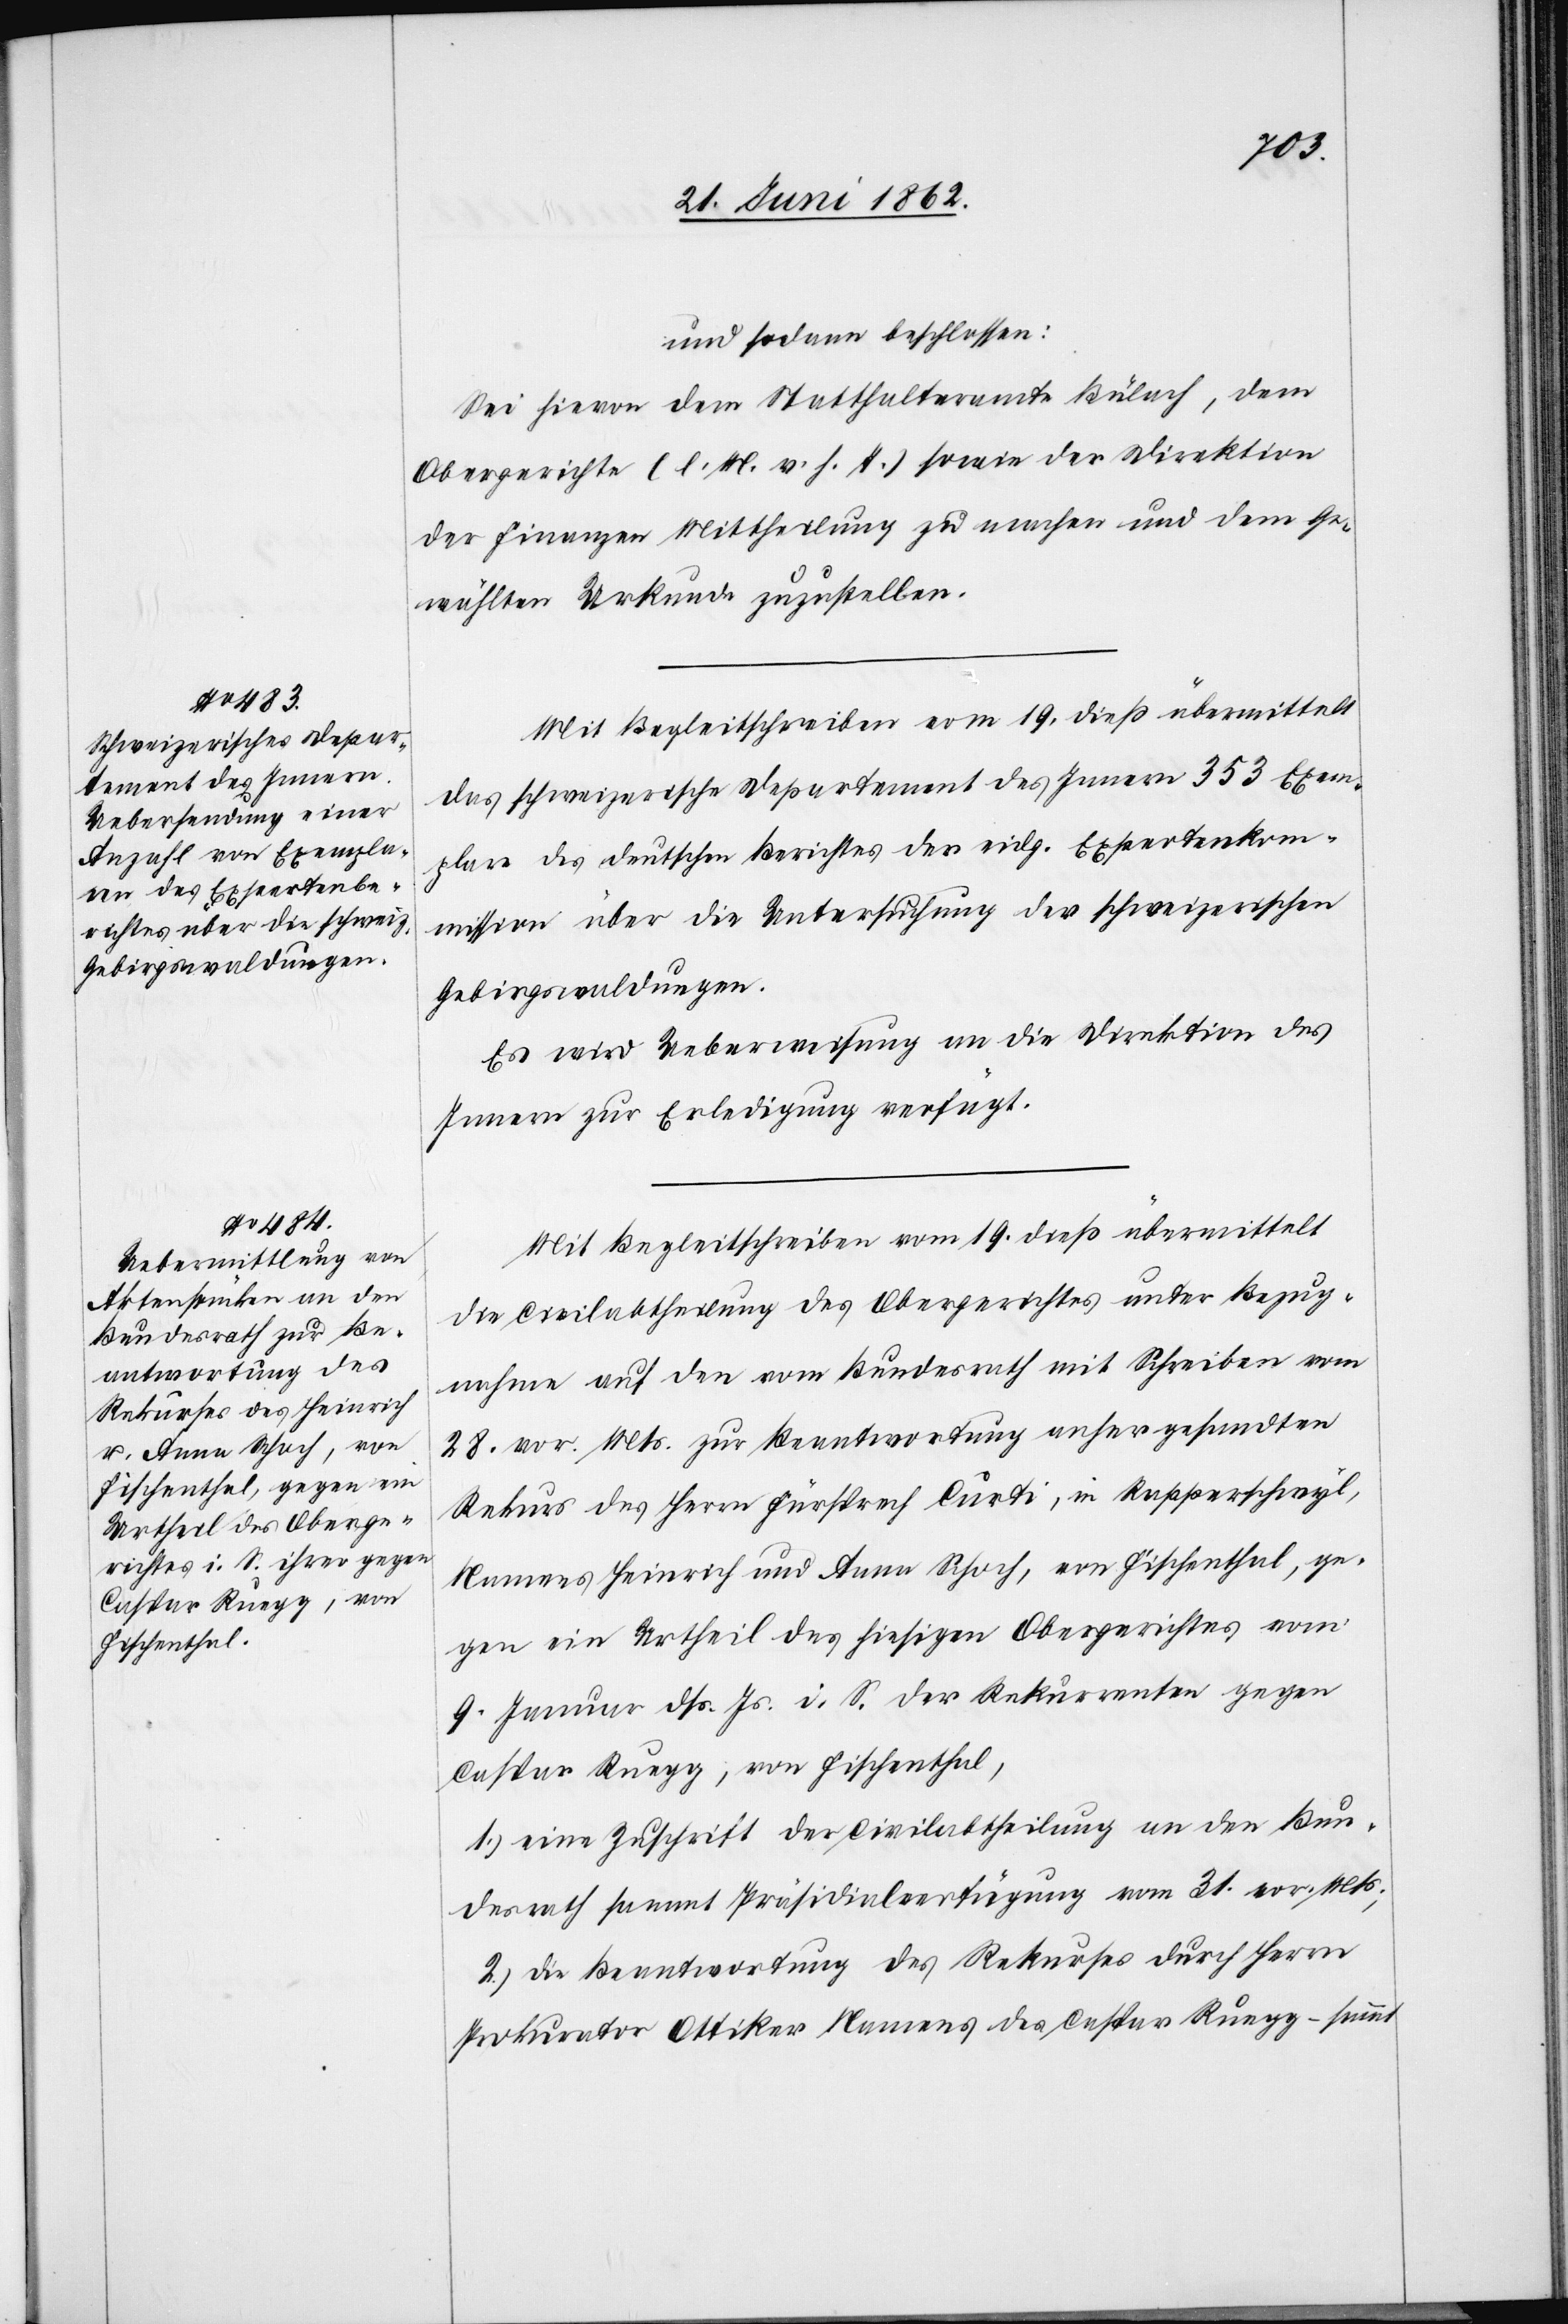
Caspar Ruegg, von
Fischenthal.

und sodann beschlossen:
Sei hievon dem Statthalteramte Bülach, dem
Obergerichte (l. M. v. h. T.) sowie der Direktion
der Finanzen Mittheilung zu machen und dem Ge¬
wählten Urkunde zuzustellen.
Mit Begleitschreiben vom 19. dieß übermittelt
das schweizerische Departement des Innern 353 Exem¬
plare des deutschen Berichtes der eidg. Expertenkom¬
mission über die Untersuchung der schweizerischen
Gebirgswaldungen.
Es wird Ueberweisung an die Direktion des
Innern zur Erledigung verfügt.
Mit Begleitschreiben vom 19. dieß übermittelt
die Civilabtheilung des Obergerichtes unter Bezug¬
nahme auf den vom Bundesrath mit Schreiben vom
28. vor. Mts. zur Beantwortung anher gesandten
Rekurs des Herrn Fürsprech Curti, in Rapperschwyl,
Namens Heinrich und Anna Schoch, von Fischenthal, ge¬
gen ein Urtheil des hiesigen Obergerichtes vom
9. Januar dß. Js. i. S. der Rekurrenten gegen
1) eine Zuschrift der Civilabtheilung an den Bun¬
desrath sammt Präsidialverfügung vom 31. vor. Mts;
2) die Beantwortung des Rekurses durch Herrn
Prokurator Ottiker Namens des Caspar Ruegg – sammt